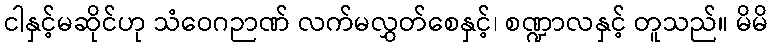
ငါနှင့်မဆိုင်ဟု သံဝေဂဉာဏ် လက်မလွှတ်စေနှင့်၊ စဏ္ဍာလနှင့် တူသည်။ မိမိ